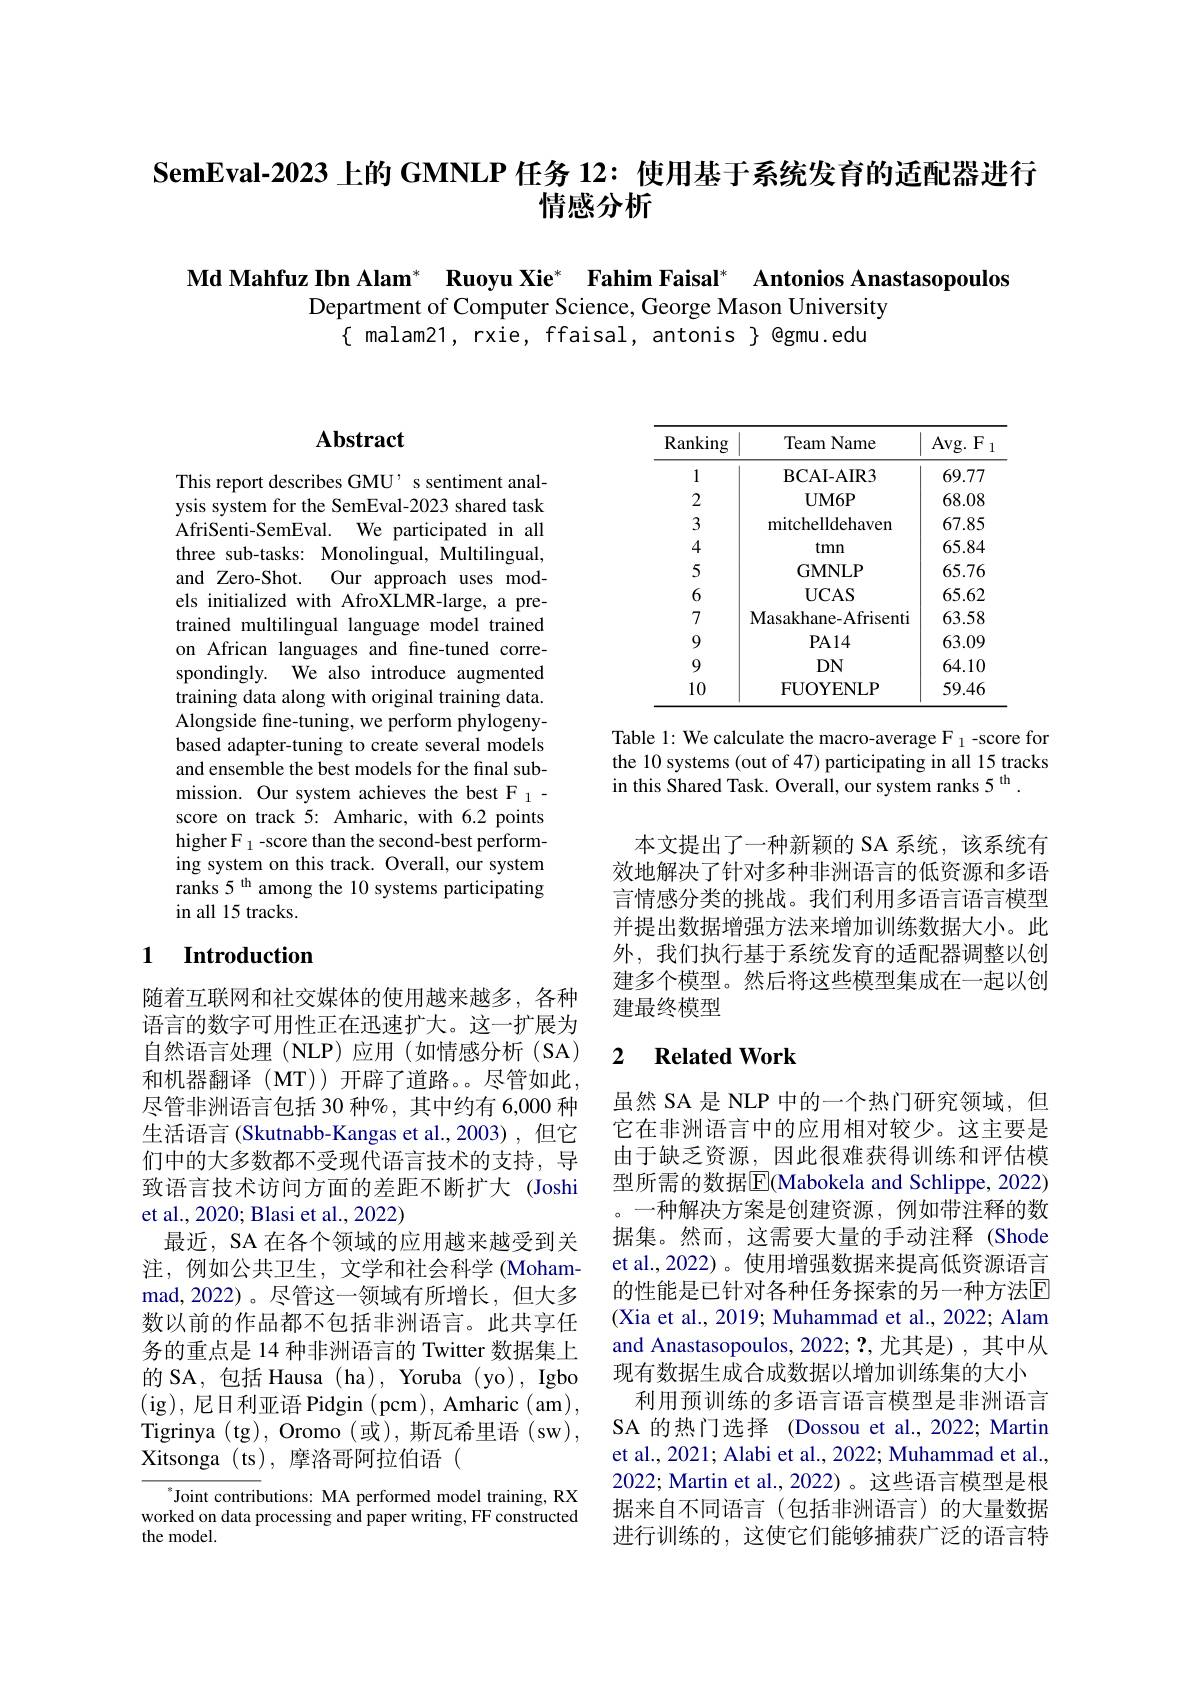
SemEval-2023 上的 GMNLP 任务 12: 使用基于系统发育的适配器进行
# 情感分析

Md Mahfuz Ibn Alam* Ruoyu Xie* Fahim Faisal* Antonios Anastasopoulos
Department of Computer Science, George Mason University
$\{$ malam21, rxie, ffaisal, antonis $\}$ @gmu.edu

## Abstract

This report describes GMU' s sentiment analysis system for the SemEval-2023 shared task AfriSenti-SemEval. We participated in all three sub-tasks: Monolingual, Multilingual, and Zero-Shot. Our approach uses models initialized with AfroXLMR-large, a pretrained multilingual language model trained on African languages and fine-tuned correspondingly. We also introduce augmented training data along with original training data. Alongside fine-tuning, we perform phylogenybased adapter-tuning to create several models and ensemble the best models for the final submission. Our system achieves the best F 1- score on track 5: Amharic, with 6.2 points higher F $_1$-score than the second-best performing system on this track. Overall, our system ranks 5 th among the 10 systems participating in all 15 tracks.

## 1 Introduction

随着互联网和社交媒体的使用越来越多，各种语言的数字可用性正在迅速扩大。这一扩展为自然语言处理(NLP)应用(如情感分析(SA) 和机器翻译(MT))开辟了道路。尽管如此尽管非洲语言包括 30 种%,其中约有 6,000 种生活语言 (Skutnabb-Kangas et al.,2003),但它们中的大多数都不受现代语言技术的支持，导致语言技术访问方面的差距不断扩大 (Joshi et al., 2020; Blasi et al., 2022)
最近，SA 在各个领域的应用越来越受到关注，例如公共卫生，文学和社会科学(Mohammad,2022)。尽管这一领域有所增长，但大多数以前的作品都不包括非洲语言。此共享任务的重点是 14 种非洲语言的 Twitter 数据集上的 SA, 包括 Hausa (ha) , Yoruba (yo), Igbo (ig),尼日利亚语 Pidgin (pcm), Amharic (am), Tigrinya (tg),Oromo (或), 斯瓦希里语 (sw), Xitsonga (ts), 摩洛哥阿拉伯语 (

$^{*}$Joint contributions: MA performed model training, RX worked on data processing and paper writing, FF constructed the model.

<table>
	<tbody>
		<tr>
			<th>Ranking</th>
			<th>Team Name</th>
			<th>$Avg.F$ 1</th>
		</tr>
		<tr>
			<td>1</td>
			<td>BCAI- AIR3</td>
			<td>69.77</td>
		</tr>
		<tr>
			<td>2</td>
			<td>$UM6P$</td>
			<td>68.08</td>
		</tr>
		<tr>
			<td>3</td>
			<td>mitchelldehaven</td>
			<td>67.85</td>
		</tr>
		<tr>
			<td>4</td>
			<td>tmn</td>
			<td>65.84</td>
		</tr>
		<tr>
			<td>5</td>
			<td>GMNLP</td>
			<td>65.76</td>
		</tr>
		<tr>
			<td>6</td>
			<td>$\mathbf{UCAS}$</td>
			<td>65.62</td>
		</tr>
		<tr>
			<td>7</td>
			<td>Masakhane- Afrisenti</td>
			<td>63.58</td>
		</tr>
		<tr>
			<td>9</td>
			<td>$PA14$</td>
			<td>63.09</td>
		</tr>
		<tr>
			<td>9</td>
			<td>$DN$</td>
			<td>64.10</td>
		</tr>
		<tr>
			<td>10</td>
			<td>FUOYENLP</td>
			<td>59.46</td>
		</tr>
	</tbody>
</table>

Table 1: We calculate the macro-average F $_1$ -score for the 10 systems (out of 47) participating in all 15 tracks in this Shared Task. Overall, our system ranks $5^\mathrm{th}.$

本文提出了一种新颖的 SA 系统，该系统有效地解决了针对多种非洲语言的低资源和多语言情感分类的挑战。我们利用多语言语言模型并提出数据增强方法来增加训练数据大小。此外，我们执行基于系统发育的适配器调整以创建多个模型。然后将这些模型集成在一起以创建最终模型

### 2 $\textbf{Related Work}$

虽然 SA 是 NLP 中的一个热门研究领域，但它在非洲语言中的应用相对较少。这主要是由于缺乏资源，因此很难获得训练和评估模型所需的数据$\boxed{\mathrm{F}}($Mabokela and Schlippe, 2022) 。一种解决方案是创建资源，例如带注释的数据集。然而，这需要大量的手动注释(Shode et al.,2022)。使用增强数据来提高低资源语言的性能是已针对各种任务探索的另一种方法$\overline{\mathrm{E}}$ (Xia et al., 2019; Muhammad et al., 2022; Alam and Anastasopoulos, 2022; ?,尤其是), 其中从现有数据生成合成数据以增加训练集的大小
利用预训练的多语言语言模型是非洲语言SA 的热门选择 (Dossou et al.,2022; Martin et al., 2021; Alabi et al., 2022; Muhammad et al., 2022; Martin et al., 2022) 。这些语言模型是根据来自不同语言(包括非洲语言)的大量数据进行训练的，这使它们能够捕获广泛的语言特